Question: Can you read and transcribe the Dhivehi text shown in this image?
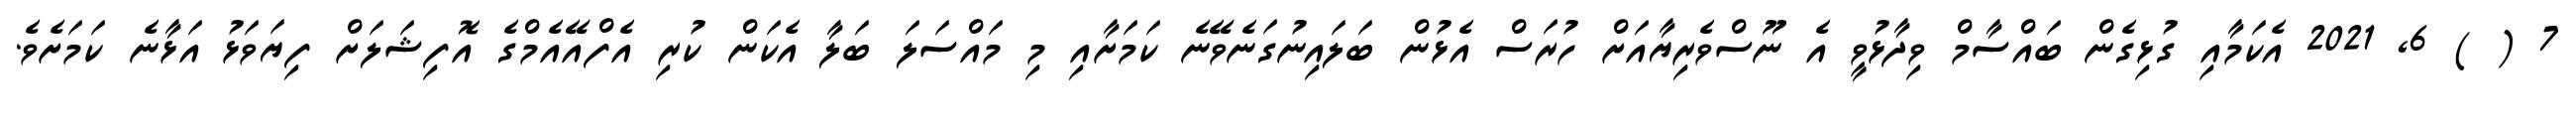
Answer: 7 ( ) 6, 2021 އެކަމާއި ގުޅިގެން ބައްސާމް ވިދާޅުވީ އެ ނޫސްވެރިޔާއަށް ހުރަސް އެޅުން ބަލައިނުގަނެވޭނެ ކަމަށާއި މި މައްސަލަ ބަލާ އެކަން ކުރި އެފްއޭއެމްގެ އޮފިޝަލަށް ފިޔަވަޅު އަޅާނެ ކަމަށެވެ.